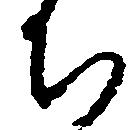
ち